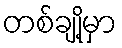
တစ်ချို့မှာ